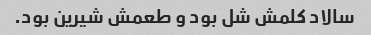
سالاد کلمش شل بود و طعمش شیرین بود.